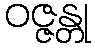
ဝဇ္ဇန္တု